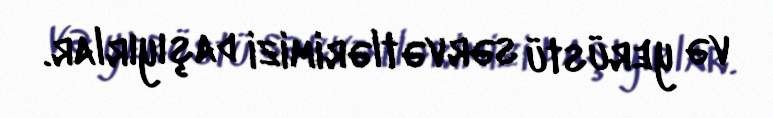
və yerüstü sərvətlərimizi daşıyırlar.